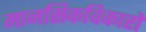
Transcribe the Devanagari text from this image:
मानसिकविकारों